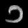
Digit: ၁